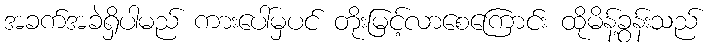
အခက်အခဲရှိပါမည် ကားပေါ်မှပင် တိုးမြင့်လာစေကြောင်း ထိုမိန့်ခွန်းသည်